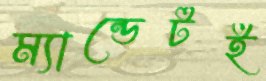
ম্যান্ডেটই